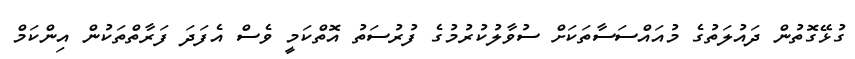
ގުޅޭގޮތުން ދައުލަތުގެ މުއައްސަސާތަކަށް ސުވާލުކުރުމުގެ ފުރުސަތު އޮތްކަމީ ވެސް އެފަދަ ފަރާތްތަކުން އިންކަމް